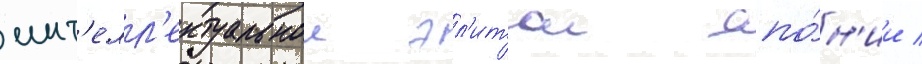
инт'елл'ектуальнои эл'итои япо́н'ии /